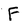
Character: F